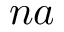
n a